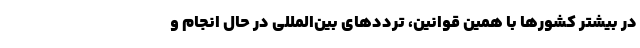
در بیشتر کشورها با همین قوانین، ترددهای بین‌المللی در حال انجام و